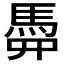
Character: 𩢏